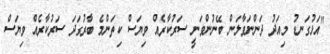
"އަޅުގަނޑު މިއަދު ދަންނަވާލަން ބޭނުންވަނީ ސަރުކާރެއް ވިޔަސް ކިތަންމެ ބާރުގަދަ ސަރުކާރެއް ވިޔަސް